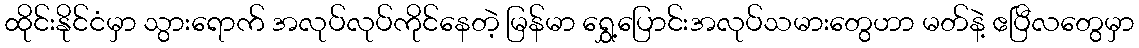
ထိုင်းနိုင်ငံမှာ သွားရောက် အလုပ်လုပ်ကိုင်နေတဲ့ မြန်မာ ရွှေ့ပြောင်းအလုပ်သမားတွေဟာ မတ်နဲ့ ဧပြီလတွေမှာ